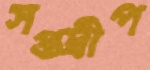
সপ্তদ্বীপ